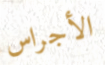
الأجراس